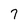
Character: 7